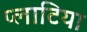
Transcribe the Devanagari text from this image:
प्लाटिया